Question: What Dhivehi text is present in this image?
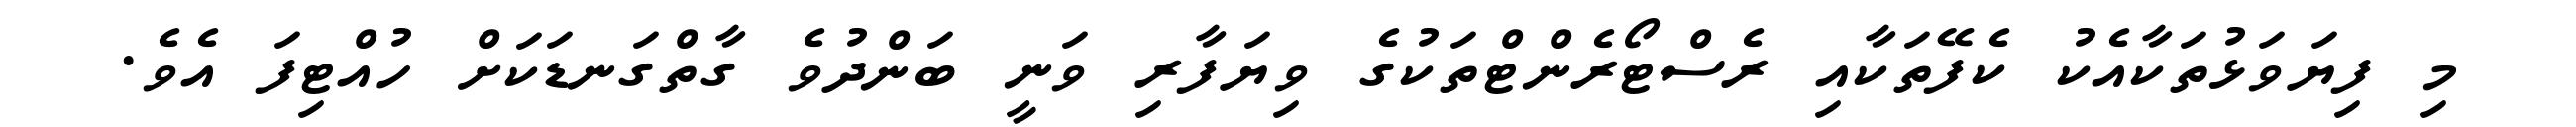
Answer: މި ފިޔަވަޅުތަކާއެކު ކެފޭތަކާއި ރެސްޓޯރެންޓްތަކުގެ ވިޔަފާރި ވަނީ ބަންދުވެ ގާތްގަނޑަކަށް ހުއްޓިފަ އެވެ.